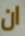
ان